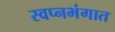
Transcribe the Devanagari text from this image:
स्वप्नभंगात